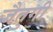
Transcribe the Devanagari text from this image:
जैतुगी